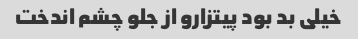
خیلی بد بود پیتزارو از جلو چشم اندخت